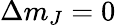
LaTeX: \Delta m_{J}=0